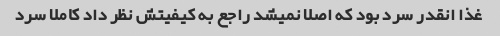
غذا انقدر سرد بود که اصلا نمیشد راجع به کیفیتش نظر داد کاملا سرد